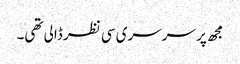
مجھ پر سرسری سی نظر ڈالی تھی۔